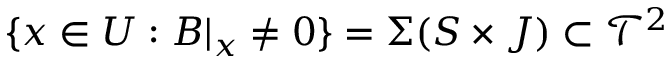
\{ x \in U : B | _ { x } \neq 0 \} = \Sigma ( S \times J ) \subset \mathcal { T } ^ { 2 }